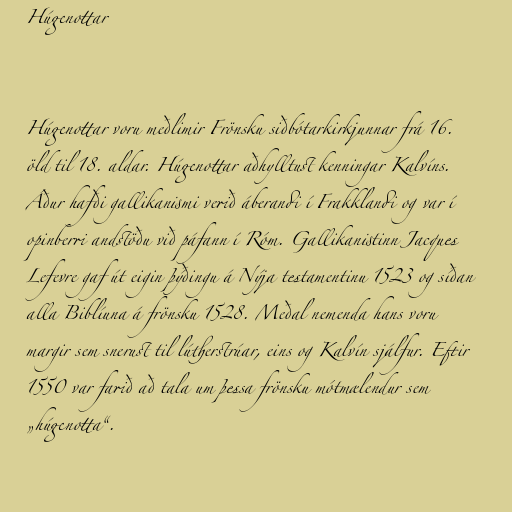
Húgenottar

Húgenottar voru meðlimir Frönsku siðbótarkirkjunnar frá 16.
öld til 18. aldar. Húgenottar aðhylltust kenningar Kalvíns.
Áður hafði gallikanismi verið áberandi í Frakklandi og var í
opinberri andstöðu við páfann í Róm. Gallikanistinn Jacques
Lefevre gaf út eigin þýðingu á Nýja testamentinu 1523 og síðan
alla Biblíuna á frönsku 1528. Meðal nemenda hans voru
margir sem snerust til lútherstrúar, eins og Kalvín sjálfur. Eftir
1550 var farið að tala um þessa frönsku mótmælendur sem
„húgenotta“.